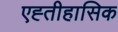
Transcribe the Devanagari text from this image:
एह्तीहासिक